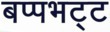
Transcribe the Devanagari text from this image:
बप्पभट्ट